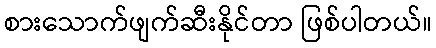
စားသောက်ဖျက်ဆီးနိုင်တာ ဖြစ်ပါတယ်။